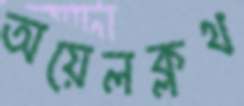
অয়েলক্লথ